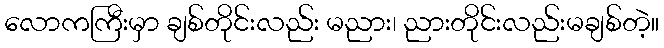
လောကကြီးမှာ ချစ်တိုင်းလည်း မညား၊ ညားတိုင်းလည်းမချစ်တဲ့။